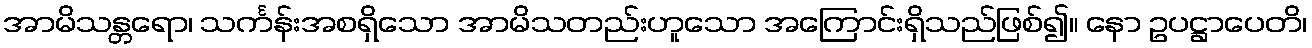
အာမိသန္တရော၊ သင်္ကန်းအစရှိသော အာမိသတည်းဟူသော အကြောင်းရှိသည်ဖြစ်၍။ နော ဥပဋ္ဌာပေတိ၊